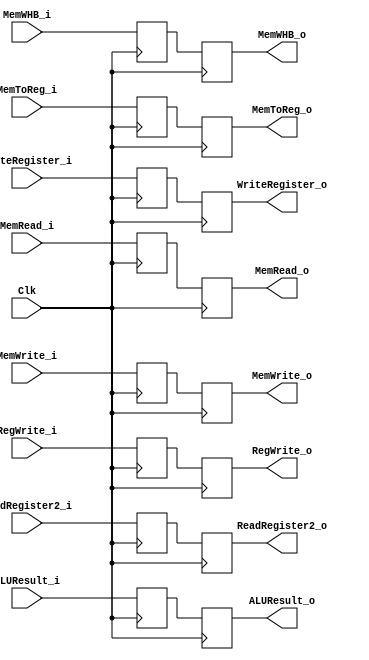
//Percentages
//Mason: 33%
//Alex: 33%
// Ali: 33%
module EX_MEM_Register(
    input Clk,
    //controller
    //mem
    input MemWrite_i,
    input MemRead_i,
    input [1:0] MemWHB_i,
    //write-back
    input RegWrite_i,
    input MemToReg_i,
    
    //mem
    output reg MemWrite_o,
    output reg MemRead_o,
    output reg [1:0] MemWHB_o,
    //write-back
    output reg RegWrite_o,
    output reg MemToReg_o,
    
    //other inputs
    input [31:0] ALUResult_i,
    
    input [31:0] ReadRegister2_i,
    
    input [4:0] WriteRegister_i,
    
    //other outputs
    
    output reg [31:0] ALUResult_o,
    
    output reg [31:0] ReadRegister2_o,
    
    output reg [4:0] WriteRegister_o
);
    //declaring temp registers
    reg MemWrite;
    reg MemRead;
    reg PCSrc;
    reg [1:0] MemWHB;
    //write-back
    reg RegWrite;
    reg MemToReg;
    //other outputs
    
    reg [31:0] ALUResult;
    
    reg [31:0] ReadRegister2;
    
    reg [4:0] WriteRegister;
    
    
    
    always @(posedge Clk) begin
        MemWrite <= MemWrite_i;
        MemRead <= MemRead_i;
        MemWHB <= MemWHB_i;
         
        RegWrite <= RegWrite_i;
        MemToReg <= MemToReg_i;
        
        ALUResult <= ALUResult_i;
        
        ReadRegister2 <= ReadRegister2_i;

        WriteRegister <= WriteRegister_i;
    end
    
    always @(negedge Clk) begin
        MemWrite_o <= MemWrite;
        MemRead_o <= MemRead;
        MemWHB_o <= MemWHB;
         
        RegWrite_o <= RegWrite;
        MemToReg_o <= MemToReg;
                
        ALUResult_o <= ALUResult;
        
        ReadRegister2_o <= ReadRegister2;

        WriteRegister_o <= WriteRegister;
    end
        


endmodule